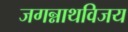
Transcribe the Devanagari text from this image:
जगन्नाथविजय